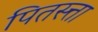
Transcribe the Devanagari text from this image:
पितस्त्ता